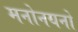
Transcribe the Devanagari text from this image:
मनोनयनों